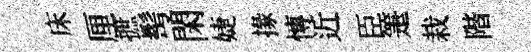
床厘摭髩閑婕掾慱近臣箑栽階